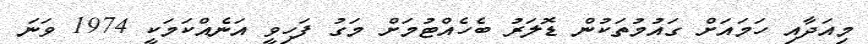
މިއަދާއި ހަމައަށް ގައުމުތަކުން ޑޮލަރު ބެހެއްޓުމަށް މަގު ފަހިވީ އަނެއްކަމަކީ 1974 ވަނަ